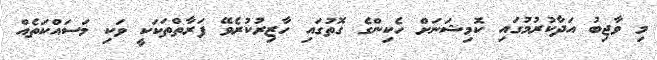
މި ވާޖިބު އަދާކުރުމުގައި ކޮމިޝަނަށް ހެކިންގެ ގޮތުގައި ހާޒިރުކުރެވޭ ފަރާތްތަަކަކީ ވަކި މަސައްކަތެއް